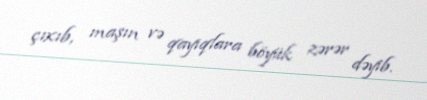
çıxıb, maşın və qayıqlara böyük zərər dəyib.